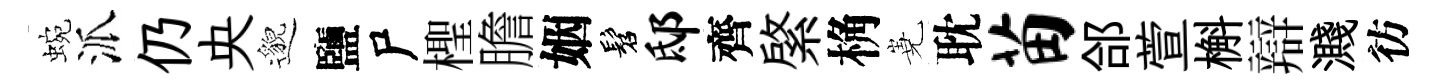
蜿派仍央邈鹽尸檉膽姻髫邸齊綮桷嶤耽苗郃萱槲辯濺彷